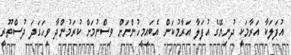
އުފަލަކާ އަރާމަކީ ދުނިޔޭގެ އުފަލާ އަރާމުކަން އެބައިމީހުންނަށް ވިސްނުމަށް ކުރަމުންދާ ވިހަގަދަ ދުސްތޫރީ